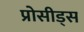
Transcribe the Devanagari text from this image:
प्रोसीड्स